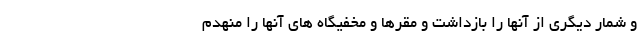
و شمار دیگری از آنها را بازداشت و مقرها و مخفیگاه های آنها را منهدم